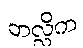
ဘလ္လိက